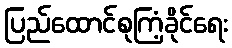
ပြည်ထောင်စုကြံ့ခိုင်ရေး